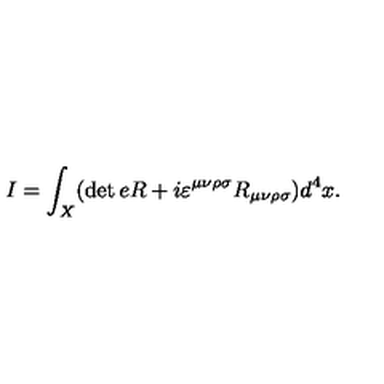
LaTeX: I = \int _ { X } ( \det e R + i \varepsilon ^ { \mu \nu \rho \sigma } R _ { \mu \nu \rho \sigma } ) d ^ { 4 } x .